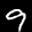
Label: 9